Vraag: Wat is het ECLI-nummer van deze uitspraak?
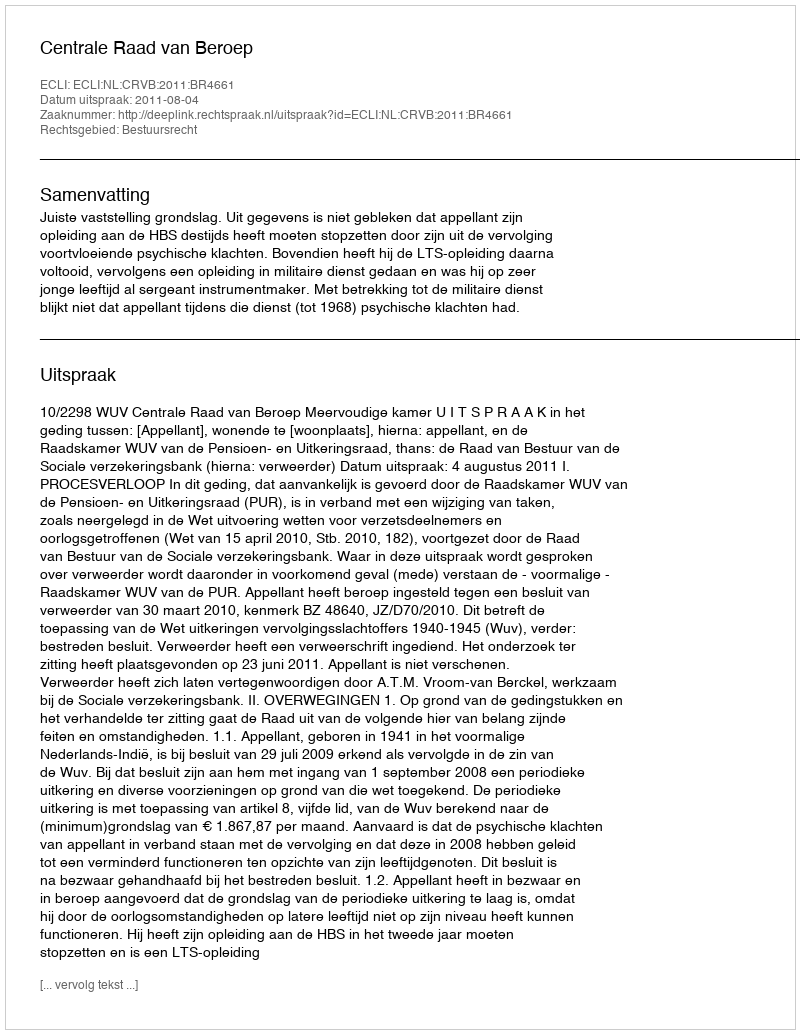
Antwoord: ECLI:NL:CRVB:2011:BR4661